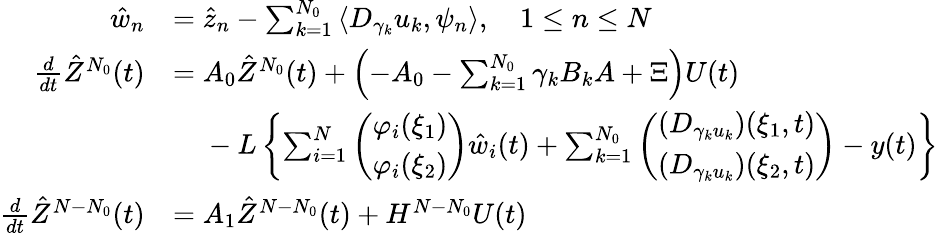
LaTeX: \begin{array}{rl}{\hat{w}_{n}}&{=\hat{z}_{n}-\sum_{k=1}^{N_{0}}\left<D_{\gamma_{k}}u_{k},\psi_{n}\right>,\quad 1\leq n\leq N}\\ {\frac{d}{dt}\hat{Z}^{N_{0}}(t)}&{=A_{0}\hat{Z}^{N_{0}}(t)+\left(-A_{0}-\sum_{k=1}^{N_{0}}\gamma_{k}B_{k}A+\Xi\right)U(t)}\\ &{\phantom{=}\; -L\left\{ \sum_{i=1}^{N}\left(\begin{array}{l}{\varphi_{i}(\xi_{1})}\\ {\varphi_{i}(\xi_{2})}\end{array}\right)\hat{w}_{i}(t)+\sum_{k=1}^{N_{0}}\left(\begin{array}{l}{\left(D_{\gamma_{k}u_{k}}\right)(\xi_{1},t)}\\ {\left(D_{\gamma_{k}u_{k}}\right)(\xi_{2},t)}\end{array}\right)-y(t)\right\} }\\ {\frac{d}{dt}\hat{Z}^{N-N_{0}}(t)}&{=A_{1}\hat{Z}^{N-N_{0}}(t)+H^{N-N_{0}}U(t)}\end{array}